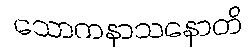
သောကနာသနောတိ